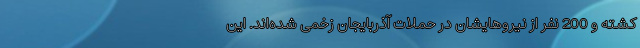
کشته و 200 نفر از نیروهایشان در حملات آذربایجان زخمی شده‌اند. این